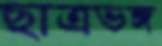
ছাত্রভঙ্গ